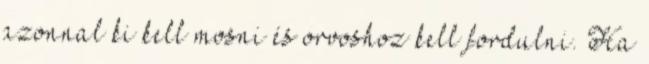
azonnal ki kell mosni és orvoshoz kell fordulni. Ha